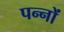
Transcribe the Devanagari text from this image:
पन्‍नों